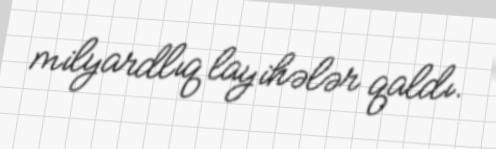
milyardlıq layihələr qaldı.